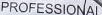
PROFESSIONAL